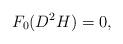
LaTeX: \begin{align*}F_0(D^2 H)=0,\end{align*}